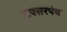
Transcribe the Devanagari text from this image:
ऊपसरपंच